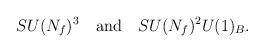
LaTeX: \begin{align*}SU(N_f)^3 \quad {\rm and} \quad SU(N_f)^2U(1)_B.\end{align*}